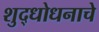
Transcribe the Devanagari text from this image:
शुद्धोधनाचे